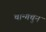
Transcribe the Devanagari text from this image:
चान्गचुन